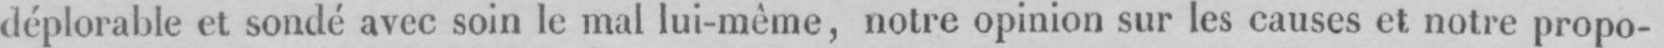
déplorable et sondé avec soin le mal lui-même, notre opinion sur les causes et notre propo-